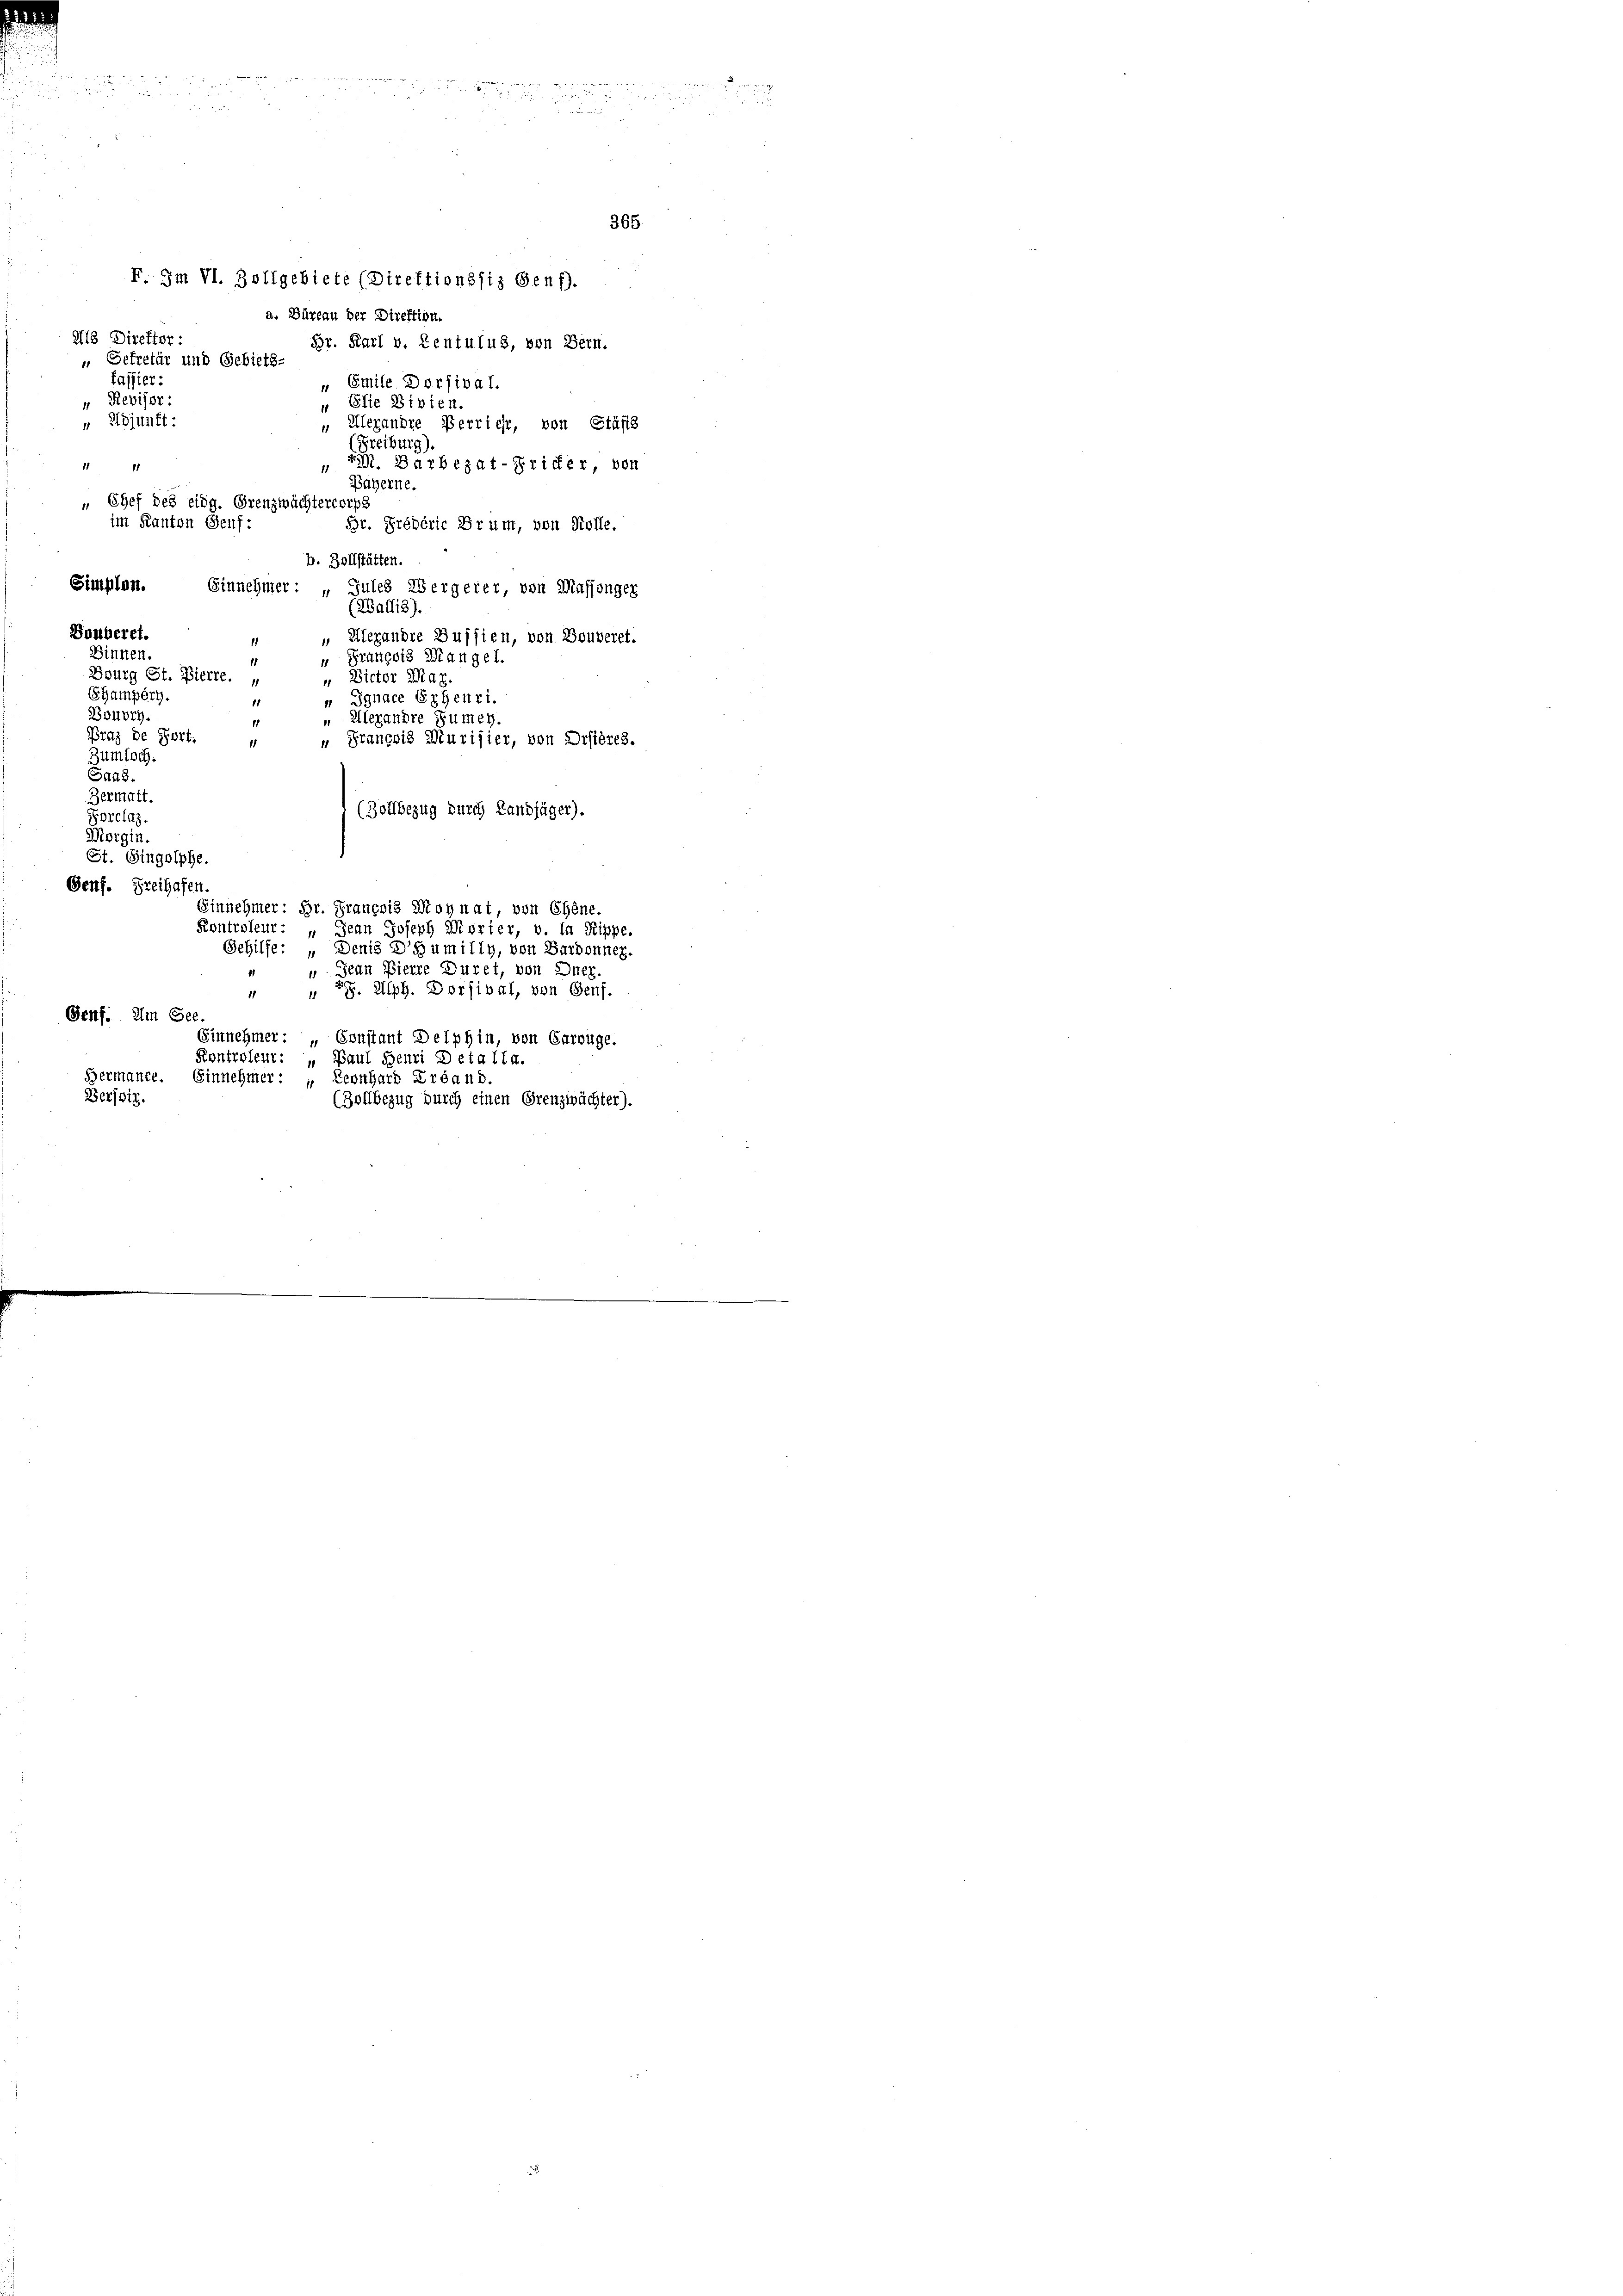
F. Im VI. Zollgebiete (Direktionssiz Genf).

a. Büreau der Direktion.
218 Direktor
Br. Karl v. Zentulus, von Bern.
 Gekretär und Gebiets.
faffier.
" Emile Dorfival.
Revisor:
Elie Divien.
1
" Adjunft:
" Alexandre Verricht, von Stäfts
(Freiburg).
 EM. Barbezat-Pritter, von
11 11
Bayerne.
„ Chef des eidg. Grenzwächtercorps
im Kanton Genf.
Br. Prédéric Drum, von Kolle.
b. Zollstätten.
Simplen.
Einnehmer: „Gutes Wergerer von Massinger
(Wallis)
Bonberet.
 Alexandre Bussien, von Bouverei.
Dinnen
" François Mangel.
1
Bourg St. Pierre.,
" Victor Mar.
SGamperg.
 Jgnace Erbenri
Bouvry.
" Alexandre Sumen.
1
raz de Fort.
 Srancois Murisier, von Drstères.
11
Zumtoch.
Saas.
Bermatt.
(Zollbezug durch Landjäger).
Sorclaz.
Morgin.
St. Singolphe.
Genf. Freihafen
Einnehmer: Hr. François Moynat, von Ebene.
Kontroleur: „Jean Joseph Mörter, v. la Rippe,
Gehilfe: „Denis Daumilly, von Sardonner.
 Jean Pierre Düret, von Dner.
" " 57. Alph. Dorfival, von Genf.
Genf. Im See.
Einnehmer: „Constant Delphin, von Carouge.
Kontroleut: „Baul Henri Detalla.
Bermance. Einnehmer:
Leonhard Erband
Berssit.
(Zollbezug durch einen Grenzwächter).